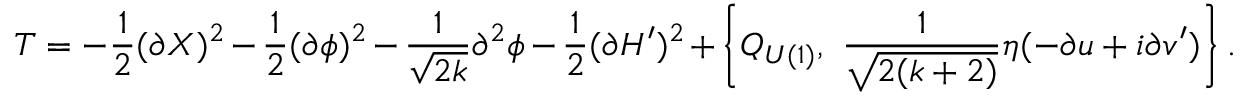
T = - \frac { 1 } { 2 } ( \partial X ) ^ { 2 } - \frac { 1 } { 2 } ( \partial \phi ) ^ { 2 } - \frac { 1 } { \sqrt { 2 k } } \partial ^ { 2 } \phi - \frac { 1 } { 2 } ( \partial H ^ { \prime } ) ^ { 2 } + \left\{ Q _ { U ( 1 ) } , ~ \frac { 1 } { \sqrt { 2 ( k + 2 ) } } \eta ( - \partial u + i \partial v ^ { \prime } ) \right\} .